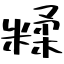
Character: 糅